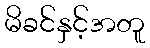
မိခင်နှင့်အတူ